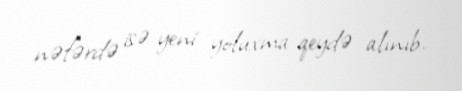
nəfərdə isə yeni yoluxma qeydə alınıb.